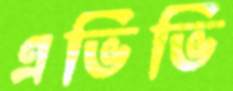
এভিভি